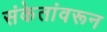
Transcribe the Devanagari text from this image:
संकेतांवरून